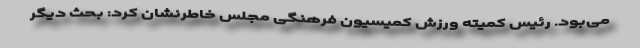
می‌بود. رئیس کمیته ورزش کمیسیون فرهنگی مجلس خاطرنشان کرد: بحث دیگر